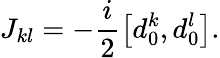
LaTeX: J_{kl}=-\frac{i}{2}\left[d_{0}^{k},d_{0}^{l}\right].